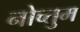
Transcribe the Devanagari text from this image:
नोच्तुम